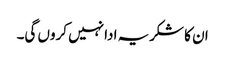
ان کا شکریہ ادا نہیں کروں گی۔